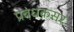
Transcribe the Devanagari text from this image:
प्रबंधकसर